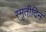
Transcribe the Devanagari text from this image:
स्मृतीदिन